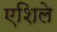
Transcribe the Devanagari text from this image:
एशिले